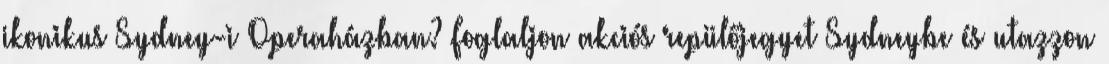
ikonikus Sydney-i Operaházban? Foglaljon akciós repülőjegyet Sydneybe és utazzon